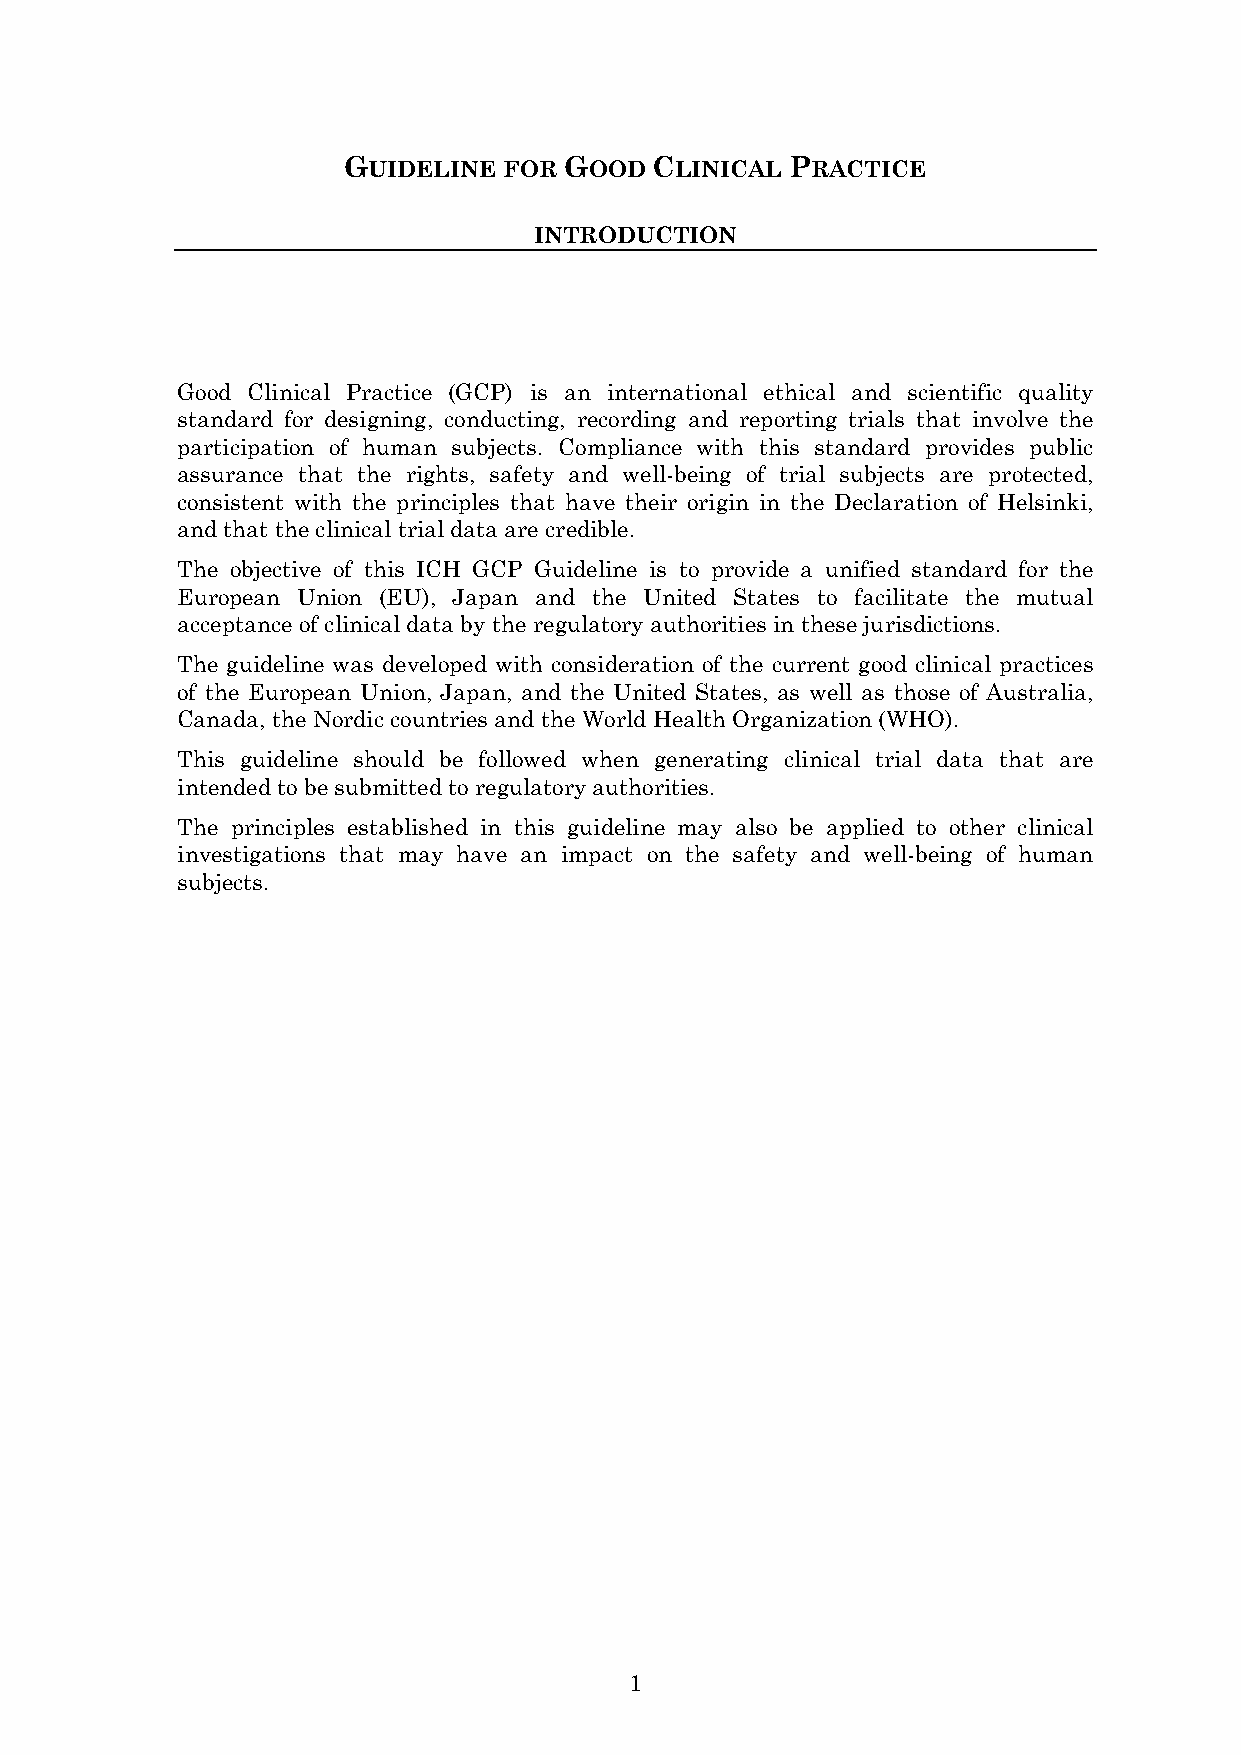
GUIDELINE FOR GOOD  CLINICAL PRACTICE
 INTRODUCTION
 Good Clinical Practice (GCP) is an international ethical and scientific quality
 standard for designing, conducting, recording and reporting trials that involve the
 participation of human subjects. Compliance with this standard provides public
 assurance that the rights, safety and well-being of trial subjects are protected,
 consistent with the principles that have their origin in the Declaration of Helsinki,
 and that the clinical trial data are credible.
 The objective of this ICH GCP Guideline is to provide a unified standard for the
 European Union (EU), Japan and the United States to facilitate the mutual
 acceptance of clinical data by the regulatory authorities in these jurisdictions.
 The guideline was developed with consideration of the current good clinical practices
 of the European Union, Japan, and the United States, as well as those of Australia,
 Canada, the Nordic countries and the World Health Organization (WHO).
 This guideline should be followed when generating clinical trial data that are
 intended to be submitted to regulatory authorities.
 The principles established in this guideline may also be applied to other clinical
 investigations that may have an impact on the safety and well-being of human
 subjects.
 1